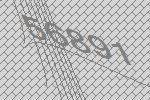
56891